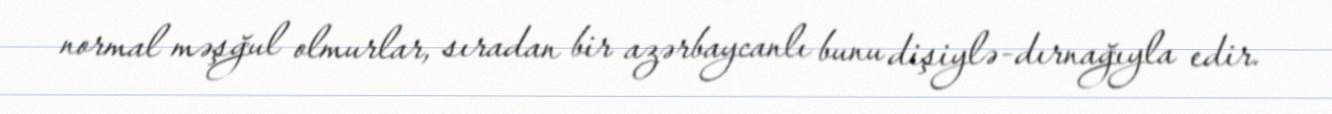
normal məşğul olmurlar, sıradan bir azərbaycanlı bunu dişiylə-dırnağıyla edir.